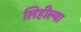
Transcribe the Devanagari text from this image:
लिहील्या